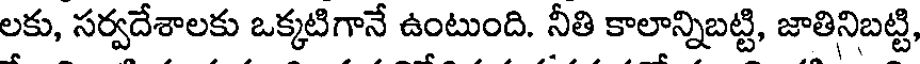
లకు, సర్వదేశాలకు ఒక్కటిగానే ఉంటుంది. నీతి కాలాన్నిబట్టి, జాతినిబట్టి,